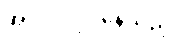
အလုပ်လုပ်နေသည့်